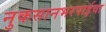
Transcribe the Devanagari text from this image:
नुकसानभरपाईचा